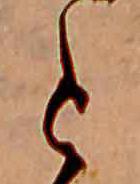
と